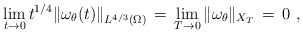
\begin{align*} \lim_{t \to 0} t^{1/4}\|\omega_\theta(t)\|_{L^{4/3}(\Omega)} \,=\, \lim_{T \to 0} \|\omega_\theta\|_{X_T} \,=\, 0~,\end{align*}